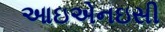
આઇએનઇસી